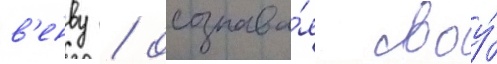
в'енву / осознава́я своу́